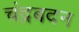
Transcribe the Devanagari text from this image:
चंद्रबदन